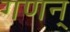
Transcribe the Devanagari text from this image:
गणन्